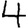
Digit: 4